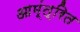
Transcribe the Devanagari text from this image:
आम्ंत्रित